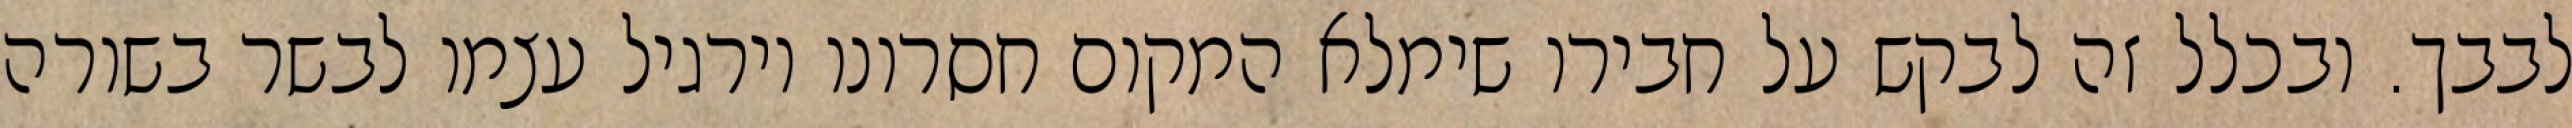
לבבך. ובכלל זה לבקש על חבירו שימלא המקום חסרונו וירגיל עצמו לבשר בשורה